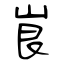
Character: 峎